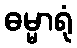
ဓမ္မာရုံ